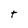
Character: t